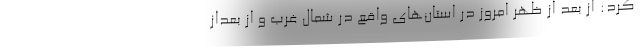
کرد: از بعد از ظهر امروز در استان‌های واقع در شمال غرب و از بعداز